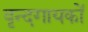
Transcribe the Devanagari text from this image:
वृन्दगायकों